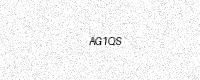
Text: AG1QS